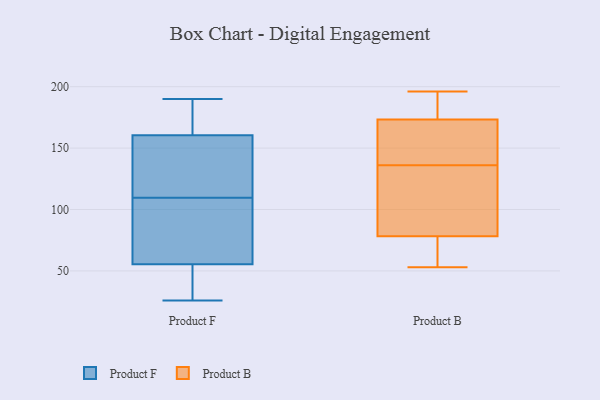
{"axis": {"x": "Bounce Rate (%)", "y": "Value"}, "legend": ["Product B", "Product F"], "data": [{"x": "", "y": 121, "type": "Product F"}, {"x": "", "y": 79, "type": "Product F"}, {"x": "", "y": 28, "type": "Product F"}, {"x": "", "y": 190, "type": "Product F"}, {"x": "", "y": 32, "type": "Product F"}, {"x": "", "y": 89, "type": "Product F"}, {"x": "", "y": 109, "type": "Product F"}, {"x": "", "y": 181, "type": "Product F"}, {"x": "", "y": 26, "type": "Product F"}, {"x": "", "y": 186, "type": "Product F"}, {"x": "", "y": 110, "type": "Product F"}, {"x": "", "y": 140, "type": "Product F"}, {"x": "", "y": 190, "type": "Product B"}, {"x": "", "y": 116, "type": "Product B"}, {"x": "", "y": 172, "type": "Product B"}, {"x": "", "y": 144, "type": "Product B"}, {"x": "", "y": 192, "type": "Product B"}, {"x": "", "y": 145, "type": "Product B"}, {"x": "", "y": 177, "type": "Product B"}, {"x": "", "y": 53, "type": "Product B"}, {"x": "", "y": 58, "type": "Product B"}, {"x": "", "y": 110, "type": "Product B"}, {"x": "", "y": 83, "type": "Product B"}, {"x": "", "y": 67, "type": "Product B"}, {"x": "", "y": 66, "type": "Product B"}, {"x": "", "y": 169, "type": "Product B"}, {"x": "", "y": 82, "type": "Product B"}, {"x": "", "y": 136, "type": "Product B"}, {"x": "", "y": 196, "type": "Product B"}]}